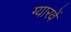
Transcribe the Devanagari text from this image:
ग्‍यारवें